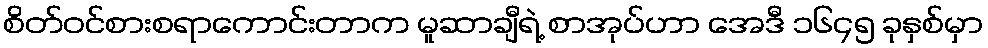
စိတ်ဝင်စားစရာကောင်းတာက မူဆာချီရဲ့ စာအုပ်ဟာ အေဒီ ၁၆၄၅ ခုနှစ်မှာ